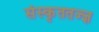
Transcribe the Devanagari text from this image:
संस्कृततज्ज्ञ